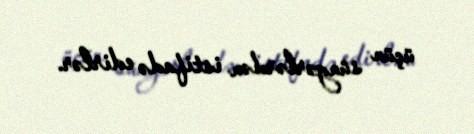
üçün süngərlərdən istifadə edirlər.